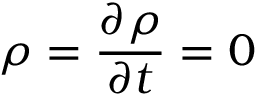
\rho = \displaystyle \frac { \partial \rho } { \partial t } = 0